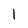
Character: 1